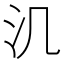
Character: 㲹